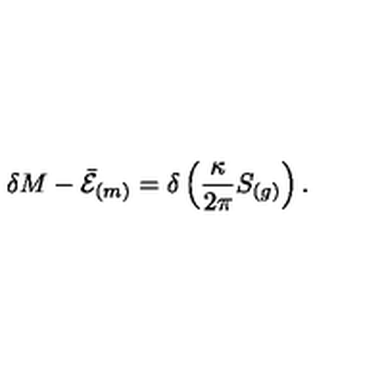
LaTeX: \delta M - \bar { \cal E } _ { ( m ) } = \delta \left( { \frac { \kappa } { 2 \pi } } S _ { ( g ) } \right) .